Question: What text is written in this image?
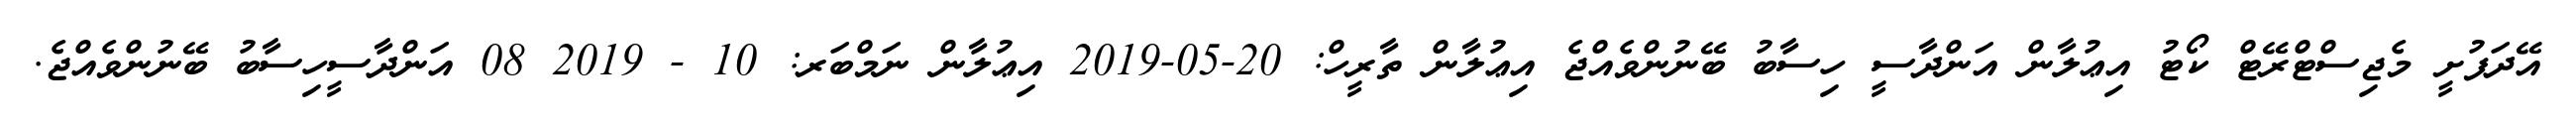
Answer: އޭދަފުށީ މެޖިސްޓްރޭޓް ކޯޓު އިޢުލާން އަންދާސީ ހިސާބު ބޭނުންވެއްޖެ އިޢުލާން ތާރީހް: 20-05-2019 އިޢުލާން ނަމްބަރ: 10 - 2019 08 އަންދާސީހިސާބު ބޭނުންވެއްޖެ.